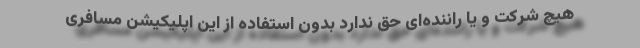
هیچ شرکت و یا راننده‌ای حق ندارد بدون استفاده از این اپلیکیشن مسافری